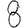
Digit: 8